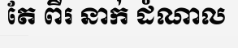
តែ ពីរ នាក់ ដំណាល